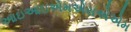
આઇઆઇએમએસએએમ